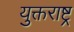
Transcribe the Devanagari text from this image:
युक्तराष्ट्र